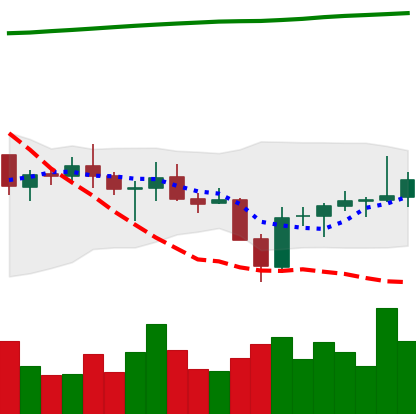
Ticker: BNB-USD
Chart end date: 2021-07-27
Forward return: 6.34%
Label: up_5_7